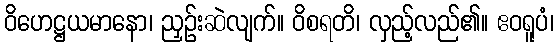
ဝိဟေဋ္ဌယမာနော၊ ညှဉ်းဆဲလျက်။ ဝိစရတိ၊ လှည့်လည်၏။ ဧဝရူပံ၊